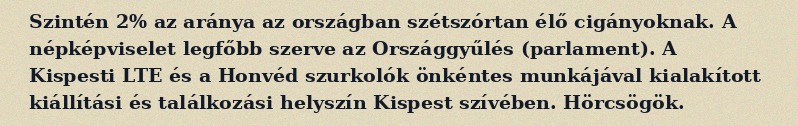
Szintén 2% az aránya az országban szétszórtan élő cigányoknak. A népképviselet legfőbb szerve az Országgyűlés (parlament). A Kispesti LTE és a Honvéd szurkolók önkéntes munkájával kialakított kiállítási és találkozási helyszín Kispest szívében. Hörcsögök.